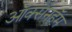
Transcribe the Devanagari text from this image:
ऑक्सनहॅम